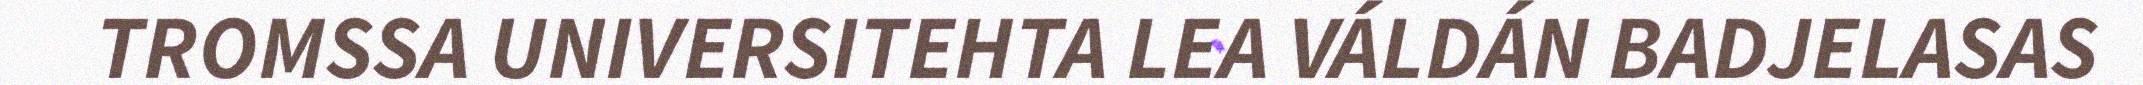
TROMSSA UNIVERSITEHTA LEA VÁLDÁN BADJELASAS